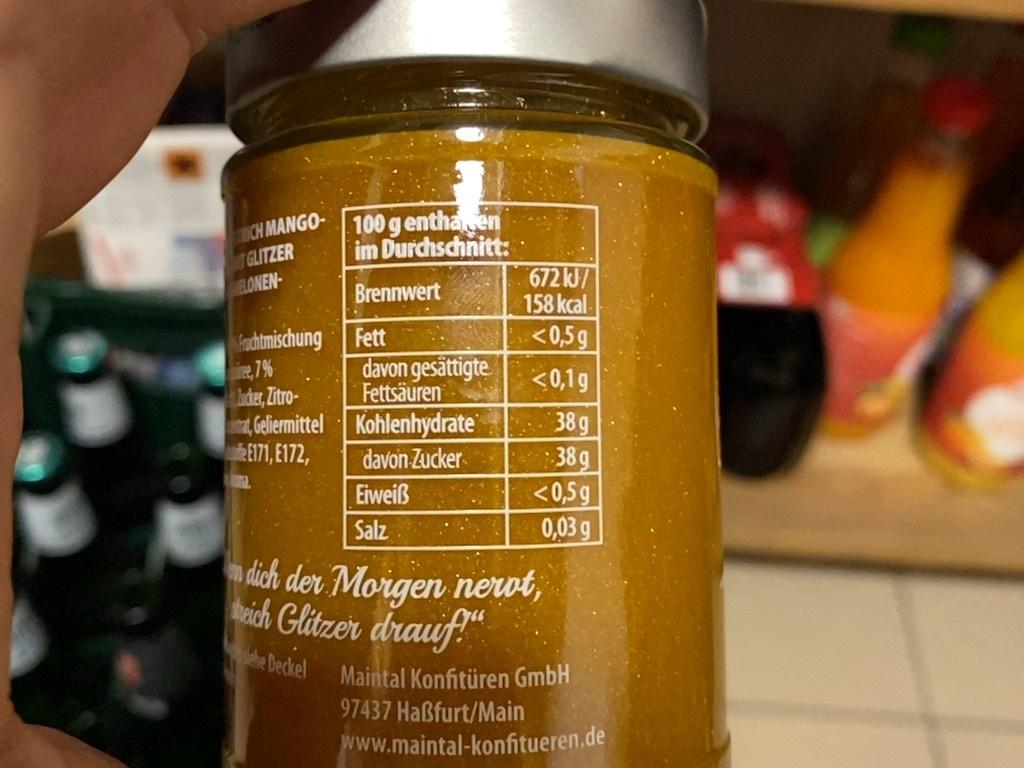
CH MANGO- T GLITZER ELONEN-
100 g enthaen im Durchschnitt:
672KJ/ 158 kcal <0,5g
Brennwert
fachtmischung e,7% luder, Zitro- na, Gelermittel Kohlenhydrate E71, E172,
Fett
davon gesättigte Fettsäuren
<0,1g
38g 38g <0,5g 0,03 g
davon Zucker
Eiweiß
Salz
a dich der Morgen nerot, bich Glützer drauf!" he Deckel Maintal Konfitüren GmbH
97437 Haßfurt/Main
www.maintal-konfitueren.de